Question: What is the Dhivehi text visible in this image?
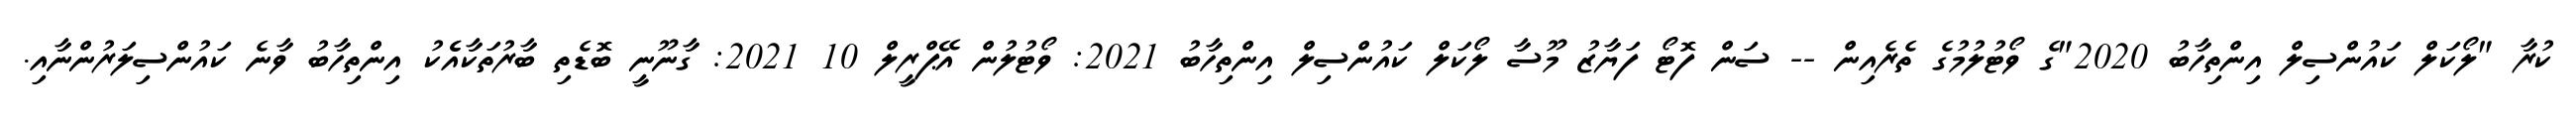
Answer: ކުރާ "ލޯކަލް ކައުންސިލް އިންތިހާބު 2020"ގެ ވޯޓުލުމުގެ ތެރެއިން -- ސަން ފޮޓޯ ފަޔާޒު މޫސާ ލޯކަލް ކައުންސިލް އިންތިހާބު 2021: ވޯޓުލުން އޭޕްރީލް 10 2021: ގާނޫނީ ބޮޑެތި ބާރުތަކާއެެކު އިންތިހާބު ވާނެ ކައުންސިލަރުންނާއި.